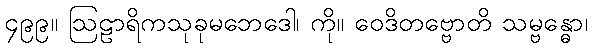
၄၉၉။ ဩဠာရိကသုခုမဘေဒေါ၊ ကို။ ဝေဒိတဗ္ဗောတိ သမ္ဗန္ဓော၊